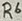
Text: R6